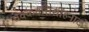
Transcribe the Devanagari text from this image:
चक्कवत्तिसीहनाद